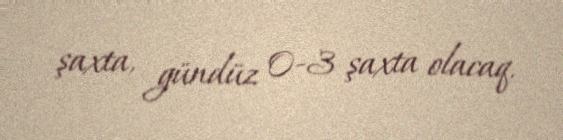
şaxta, gündüz 0-3 şaxta olacaq.